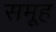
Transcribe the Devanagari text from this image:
समूूह